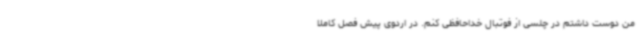
من دوست داشتم در چلسی از فوتبال خداحافظی کنم. در اردوی پیش فصل کاملا